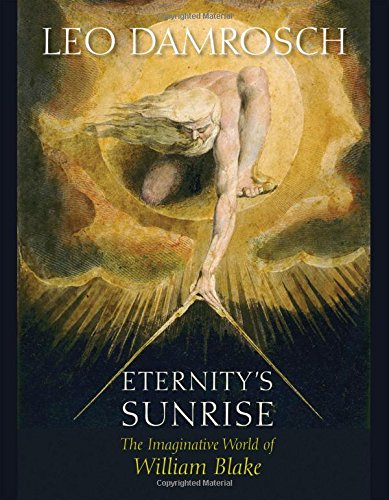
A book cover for Eternity's Sunrise: The Imaginative World of William Blake; Leo Damrosch; Literature & Fiction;